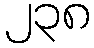
၂၃၈